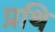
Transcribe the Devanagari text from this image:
प्रथि